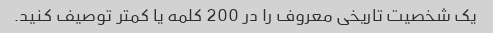
یک شخصیت تاریخی معروف را در 200 کلمه یا کمتر توصیف کنید.